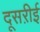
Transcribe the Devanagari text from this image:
दूसऱीई